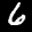
Label: 6